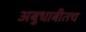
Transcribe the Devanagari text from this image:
अबुधाबीतच